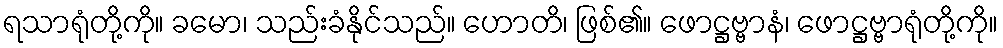
ရသာရုံတို့ကို။ ခမော၊ သည်းခံနိုင်သည်။ ဟောတိ၊ ဖြစ်၏။ ဖောဋ္ဌဗ္ဗာနံ၊ ဖောဋ္ဌဗ္ဗာရုံတို့ကို။